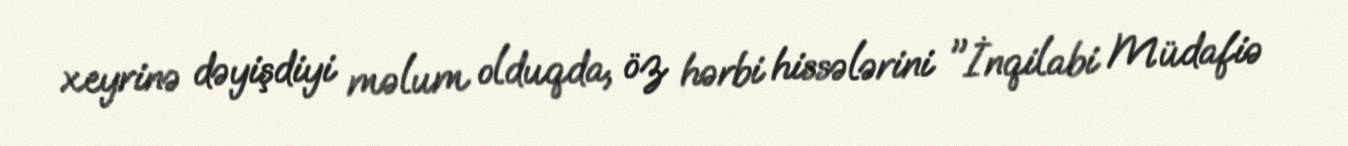
xeyrinə dəyişdiyi məlum olduqda, öz hərbi hissələrini "İnqilabi Müdafiə